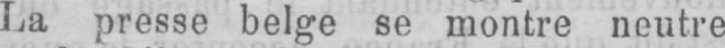
La presse belge se montre neutre